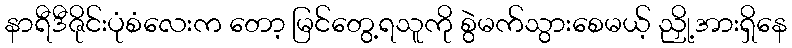
နာရီဒီဇိုင်းပုံစံလေးက တော့ မြင်တွေ့ရသူကို စွဲမက်သွားစေမယ့် ညှို့အားရှိနေ